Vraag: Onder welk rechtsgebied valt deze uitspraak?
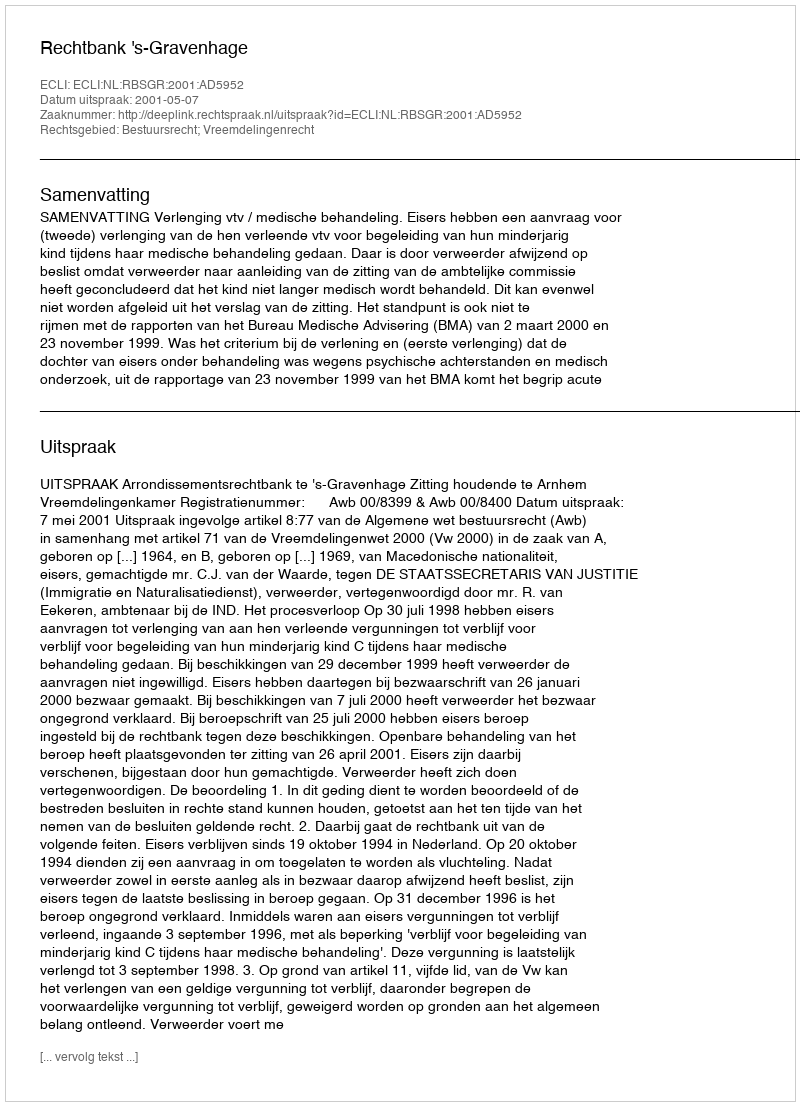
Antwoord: Bestuursrecht; Vreemdelingenrecht